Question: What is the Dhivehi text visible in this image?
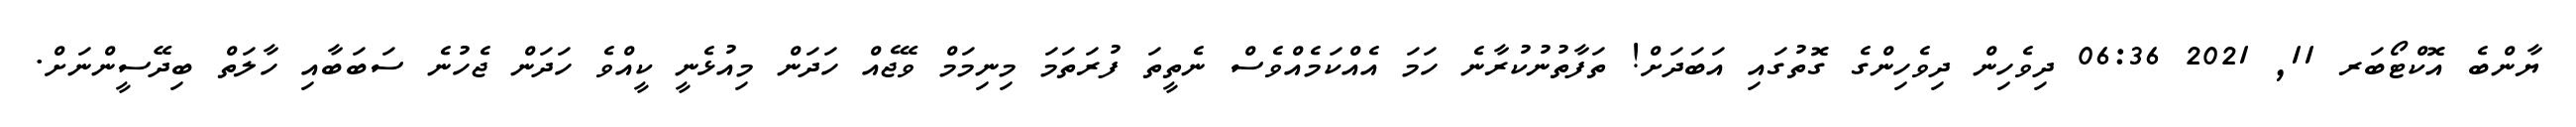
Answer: ޔާންބެ އޮކްޓޯބަރ 11, 2021 06:36 ދިވެހިން ދިވެހިންގެ ގޮތުގައި އަބަދަށް! ތަފާތުނުކުރާނެ ހަމަ އެއްކަމެއްވެސް ނެތީތަ ފުރަތަމަ މިނިމަމް ވޭޖެއް ހަދަން މިއުޅެނީ ކީއްވެ ހަދަން ޖެހުނެ ސަބަބާއި ހާލަތް ބިދޭސީންނަށް.